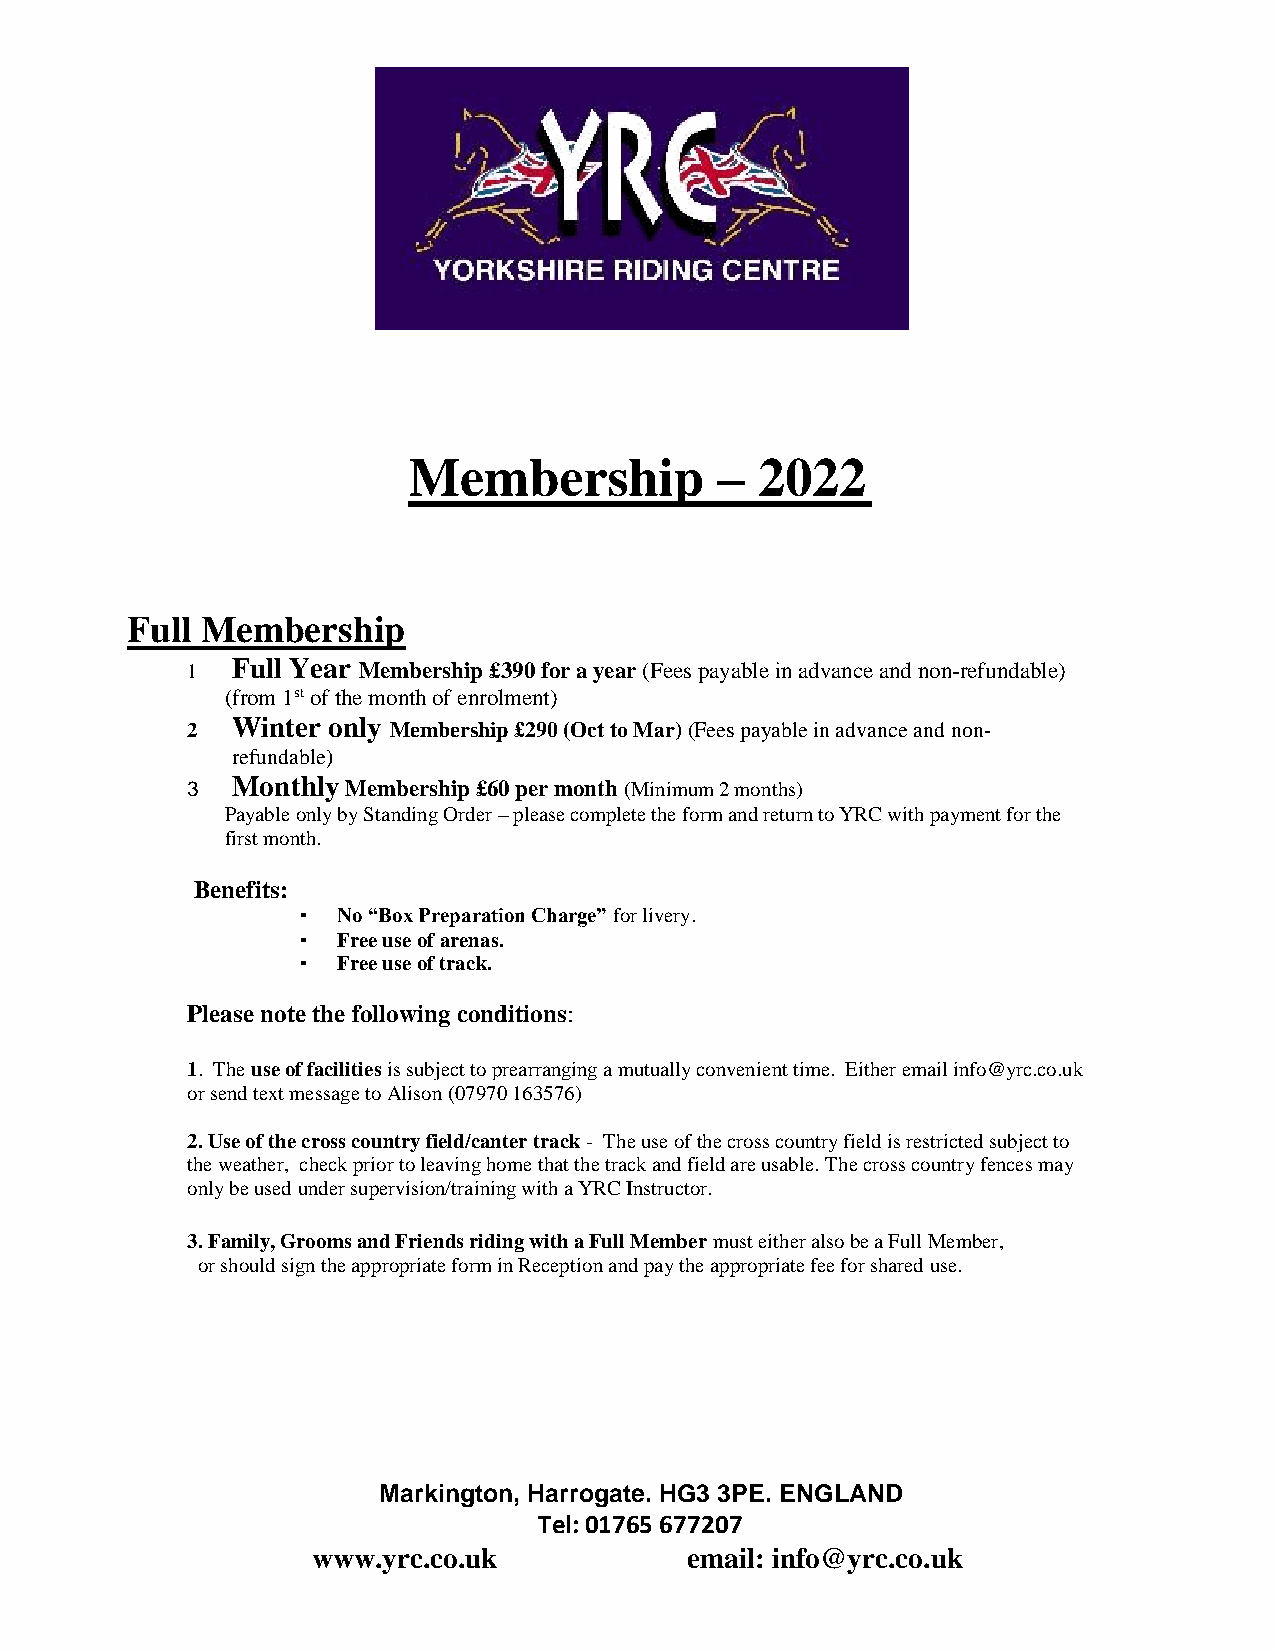
Membership          –  2022
 Full Membership
 1  Full Year Membership £390 for a year (Fees payable in advance and non-refundable)
 (from 1st of the month of enrolment)
 2  Winter only Membership £290 (Oct to Mar) (Fees payable in advance and non-
 refundable)
 3  Monthly Membership £60 per month (Minimum 2 months)
 Payable only by Standing Order – please complete the form and return to YRC with payment for the
 first month.
 Benefits:
 ▪ No “Box Preparation Charge” for livery.
 ▪ Free use of arenas.
 ▪ Free use of track.
 Please note the following conditions:
 1. The use of facilities is subject to prearranging a mutually convenient time. Either email info@yrc.co.uk
 or send text message to Alison (07970 163576)
 2. Use of the cross country field/canter track - The use of the cross country field is restricted subject to
 the weather, check prior to leaving home that the track and field are usable. The cross country fences may
 only be used under supervision/training with a YRC Instructor.
 3. Family, Grooms and Friends riding with a Full Member must either also be a Full Member,
 or should sign the appropriate form in Reception and pay the appropriate fee for shared use.
 Markington, Harrogate. HG3 3PE. ENGLAND
 Tel: 01765 677207
 www.yrc.co.uk           email: info@yrc.co.uk